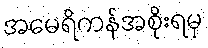
အမေရိကန်အစိုးရမှ